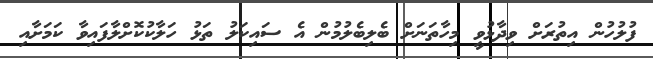
ފުލުހުން އިތުރަށް ވިދާޅުވީ މިހާތަނަށް ބެލިބެލުމުން އެ ސައިކަލު ތަޅު ހަލާކުކޮށްލާފައިވާ ކަމަށާއި